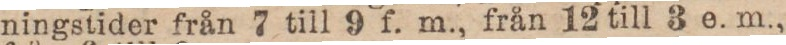
ningstider från 7 till 9 f. m., från 12 till 3 e. m.,